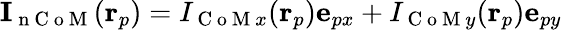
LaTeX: \mathbf{I}_{\mathrm{~n~C~o~M~}}(\mathbf{r}_{p})=I_{\mathrm{~C~o~M~}x}(\mathbf{r}_{p})\mathbf{e}_{px}+I_{\mathrm{~C~o~M~}y}(\mathbf{r}_{p})\mathbf{e}_{py}